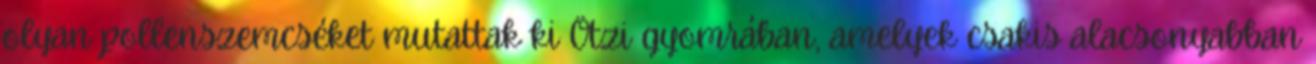
olyan pollenszemcséket mutattak ki Ötzi gyomrában, amelyek csakis alacsonyabban